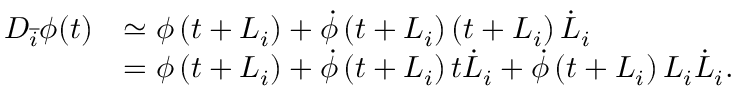
\begin{array} { r l } { { D } _ { \overline { { i } } } \phi ( t ) } & { \simeq \phi \left( { t } + { L } _ { { i } } \right) + \dot { \phi } \left( t + L _ { i } \right) \left( t + L _ { i } \right) \dot { L } _ { i } } \\ & { = \phi \left( { t } + { L } _ { { i } } \right) + \dot { \phi } \left( t + L _ { i } \right) t \dot { L } _ { i } + \dot { \phi } \left( t + L _ { i } \right) L _ { i } \dot { L } _ { i } . } \end{array}